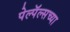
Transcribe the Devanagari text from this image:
पेल्पॅल्सच्या